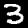
Digit: 3